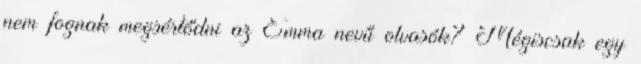
nem fognak megsértődni az Emma nevű olvasók? Mégiscsak egy